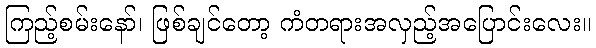
ကြည့်စမ်းနော်၊ ဖြစ်ချင်တော့ ကံတရားအလှည့်အပြောင်းလေး။